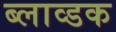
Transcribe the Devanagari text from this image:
ब्लाव्डक